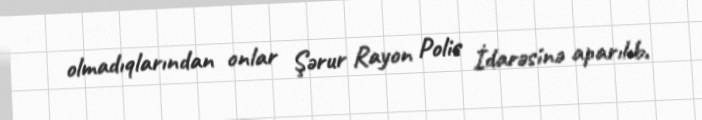
olmadıqlarından onlar Şərur Rayon Polis İdarəsinə aparılıb.